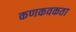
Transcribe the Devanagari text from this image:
कणकवकता